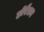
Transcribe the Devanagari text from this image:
होरैज़न